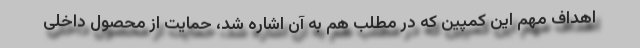
اهداف مهم این کمپین که در مطلب هم به آن اشاره شد، حمایت از محصول داخلی